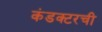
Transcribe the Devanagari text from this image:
कंडक्टरची